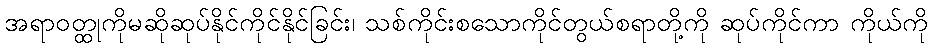
အရာဝတ္ထုကိုမဆိုဆုပ်နိုင်ကိုင်နိုင်ခြင်း၊ သစ်ကိုင်းစသောကိုင်တွယ်စရာတို့ကို ဆုပ်ကိုင်ကာ ကိုယ်ကို